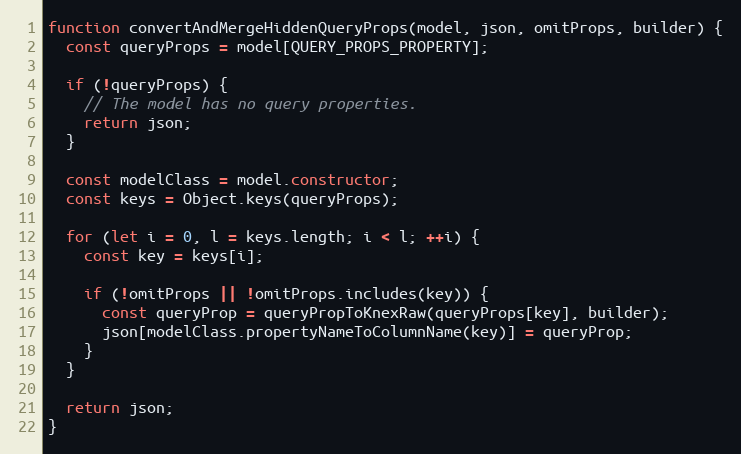
Language: JavaScript
function convertAndMergeHiddenQueryProps(model, json, omitProps, builder) {
  const queryProps = model[QUERY_PROPS_PROPERTY];

  if (!queryProps) {
    // The model has no query properties.
    return json;
  }

  const modelClass = model.constructor;
  const keys = Object.keys(queryProps);

  for (let i = 0, l = keys.length; i < l; ++i) {
    const key = keys[i];

    if (!omitProps || !omitProps.includes(key)) {
      const queryProp = queryPropToKnexRaw(queryProps[key], builder);
      json[modelClass.propertyNameToColumnName(key)] = queryProp;
    }
  }

  return json;
}